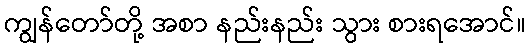
ကျွန်တော်တို့ အစာ နည်းနည်း သွား စားရအောင်။